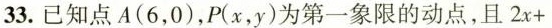
33.已知点A(6，0)，P(x，y)为第一象限的动点，且$$2 x +